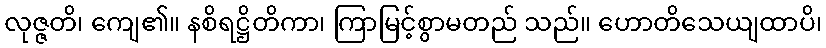
လုဇ္ဇတိ၊ ကျေ၏။ နစိရဋ္ဌိတိကာ၊ ကြာမြင့်စွာမတည် သည်။ ဟောတိသေယျထာပိ၊